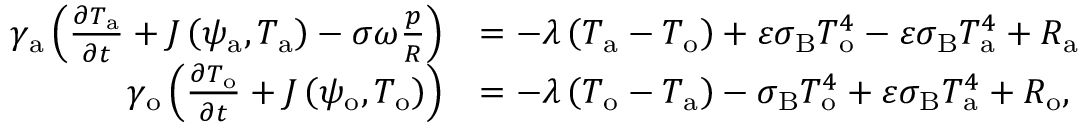
\begin{array} { r l } { \gamma _ { \mathrm { a } } \left( \frac { \partial T _ { \mathrm { a } } } { \partial t } + J \left( \psi _ { \mathrm { a } } , T _ { \mathrm { a } } \right) - \sigma \omega \frac { p } { R } \right) } & { = - \lambda \left( T _ { \mathrm { a } } - T _ { \mathrm { o } } \right) + \varepsilon \sigma _ { \mathrm { B } } T _ { \mathrm { o } } ^ { 4 } - \varepsilon \sigma _ { \mathrm { B } } T _ { \mathrm { a } } ^ { 4 } + R _ { \mathrm { a } } } \\ { \gamma _ { \mathrm { o } } \left( \frac { \partial T _ { \mathrm { o } } } { \partial t } + J \left( \psi _ { \mathrm { o } } , T _ { \mathrm { o } } \right) \right) } & { = - \lambda \left( T _ { \mathrm { o } } - T _ { \mathrm { a } } \right) - \sigma _ { \mathrm { B } } T _ { \mathrm { o } } ^ { 4 } + \varepsilon \sigma _ { \mathrm { B } } T _ { \mathrm { a } } ^ { 4 } + R _ { \mathrm { o } } , } \end{array}